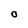
Character: O